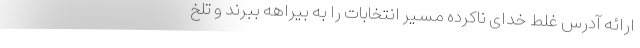
ارائه آدرس غلط خدای ناکرده مسیر انتخابات را به بیراهه ببرند و تلخ